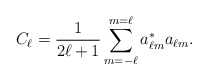
\begin{align*}C_\ell = {\frac{1}{2\ell +1}}\sum_{m=-\ell}^{m=\ell}a^*_{\ell m}a_{\ell m}.\end{align*}